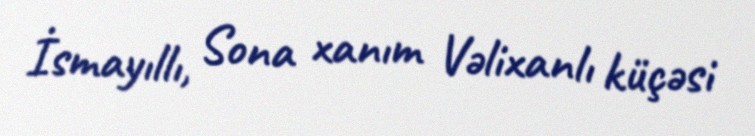
İsmayıllı, Sona xanım Vəlixanlı küçəsi